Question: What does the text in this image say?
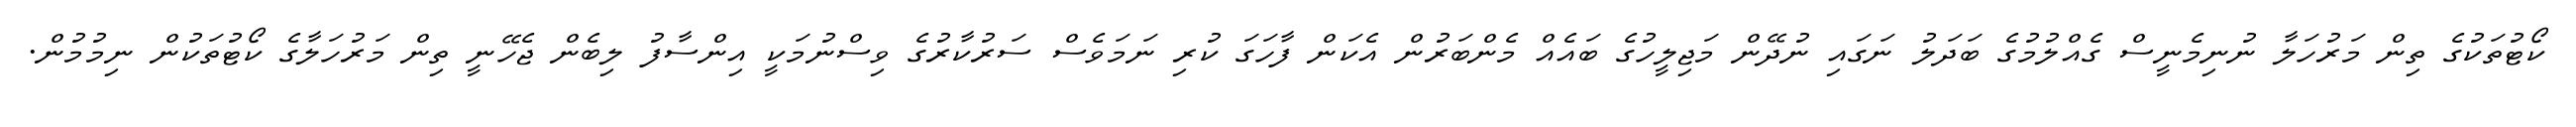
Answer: ކޯޓުތަކުގެ ތިން މަރުހަލާ ނުނިމެނީސް ގެއްލުމުގެ ބަދަލު ނަގައި ނުދޭން މަޖިލީހުގެ ބައެއް މެންބަރުން އެކަން ފާހަގަ ކުރި ނަމަވެސް ސަރުކާރުގެ ވިސްނުމަކީ އިންސާފު ލިބެން ޖެހޭނީ ތިން މަރުހަލާގެ ކޯޓުތަކުން ނިމުމުން.